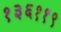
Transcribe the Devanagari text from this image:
१३६११९